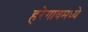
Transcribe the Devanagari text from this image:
हरेगावमध्ये